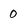
Character: 0